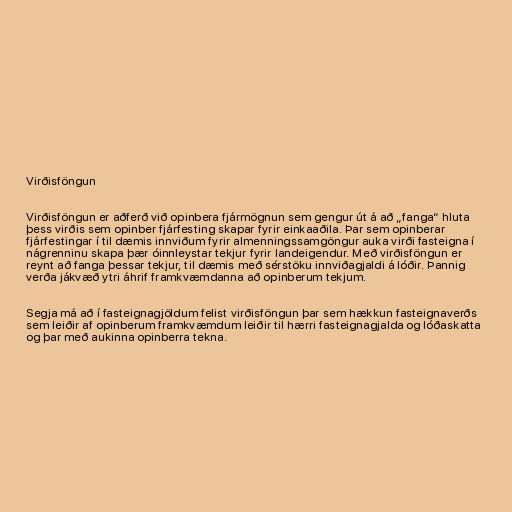
Virðisföngun

Virðisföngun er aðferð við opinbera fjármögnun sem gengur út á að „fanga“ hluta
þess virðis sem opinber fjárfesting skapar fyrir einkaaðila. Þar sem opinberar
fjárfestingar í til dæmis innviðum fyrir almenningssamgöngur auka virði fasteigna í
nágrenninu skapa þær óinnleystar tekjur fyrir landeigendur. Með virðisföngun er
reynt að fanga þessar tekjur, til dæmis með sérstöku innviðagjaldi á lóðir. Þannig
verða jákvæð ytri áhrif framkvæmdanna að opinberum tekjum.

Segja má að í fasteignagjöldum felist virðisföngun þar sem hækkun fasteignaverðs
sem leiðir af opinberum framkvæmdum leiðir til hærri fasteignagjalda og lóðaskatta
og þar með aukinna opinberra tekna.